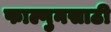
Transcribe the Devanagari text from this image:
फाल्गुनसाठी